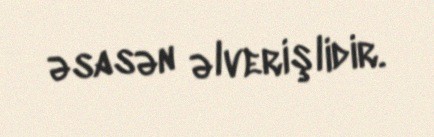
əsasən əlverişlidir.